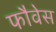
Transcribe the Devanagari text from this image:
फौवेस